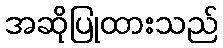
အဆိုပြုထားသည်